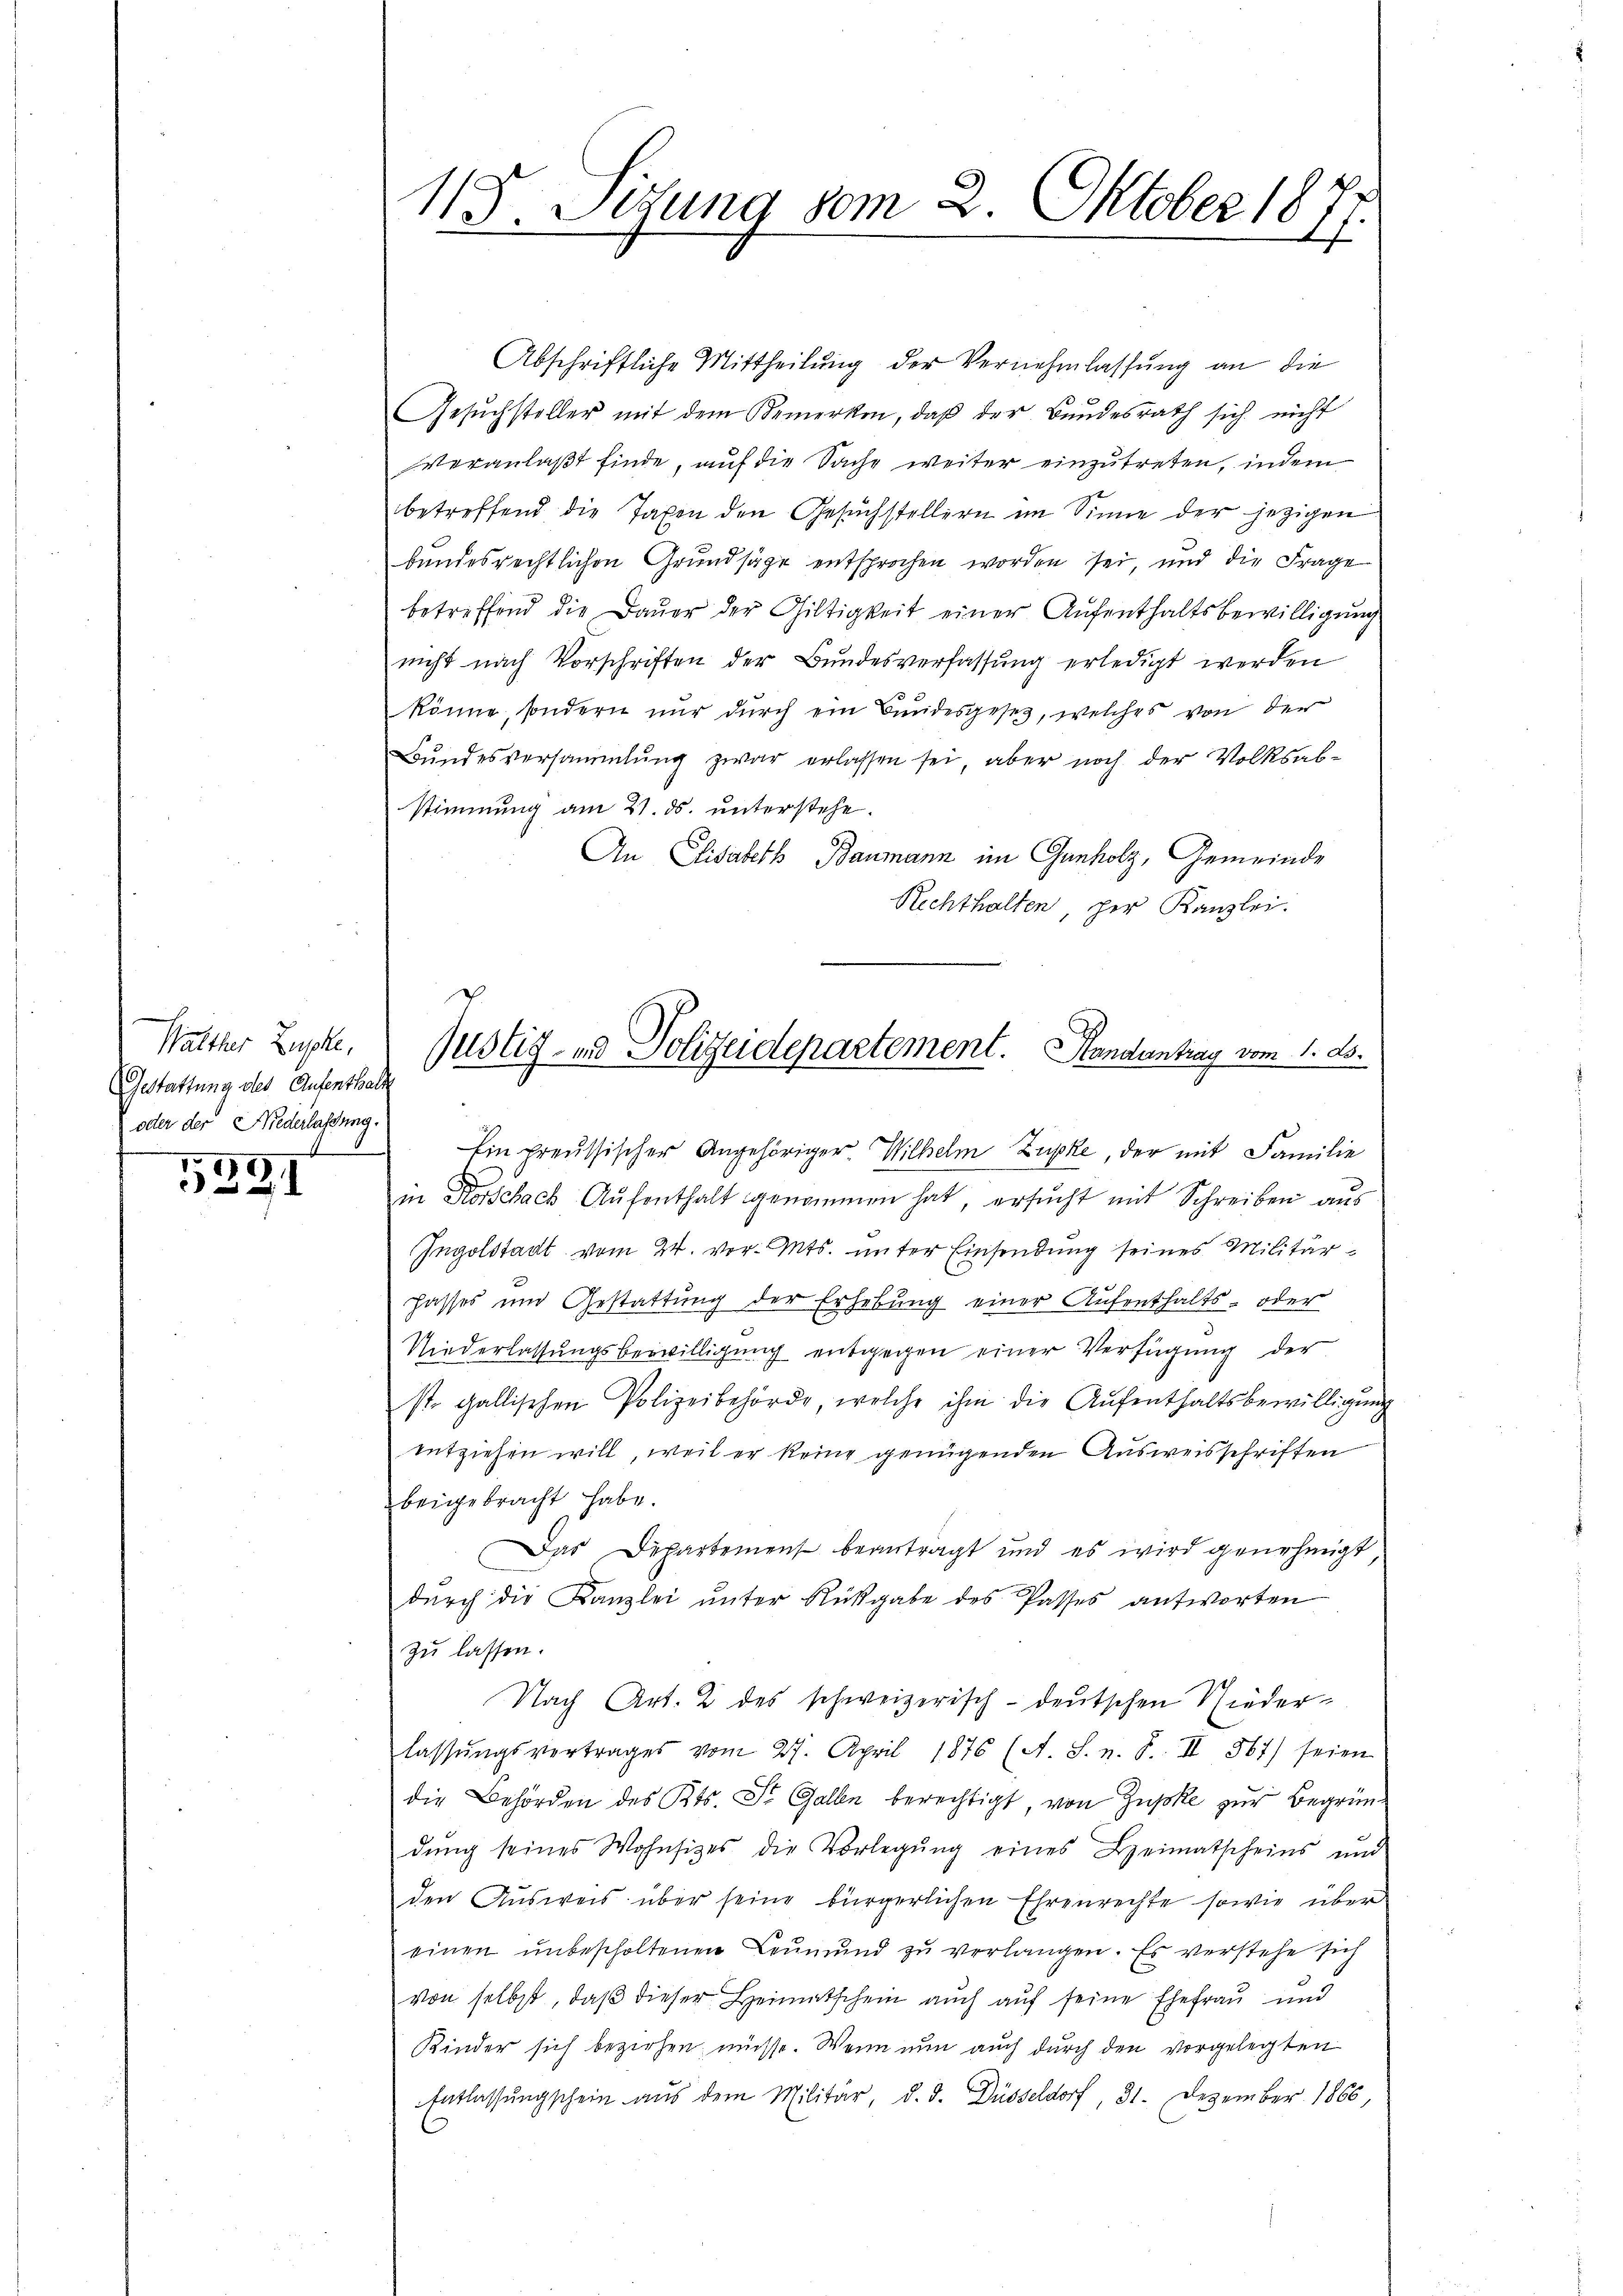
Walther Zusche,
Gestattung des Aufenthalt
oder der Niederlassung.

I
.
1

113. Sitzung vom 2. Oktober 187

Abschriftliche Mittheilung der Vernehmlassung an die
Gesuchsteller mit dem Bemerken, daß der Bundesrath sich nicht
Veranlaßt finde, auf die Sache weiter einzutreten, indem
betreffend die Taxen den Gesuchstellern im Sinne der jezigen
bundesrechtlichen Grundsäge entsprochen worden sei, und die Frage
betreffend die Daŭer der Giltigkeit einer Aufenthaltsbewilligung
nicht nach Vorschriften der Bundesverfassung erledigt werden
könne, sondern nur durch ein Bundesgeses, welches von der
Bundesversammlung zwar erlassen sei, aber noch der Volksab¬
Stimmung am 21. ds. unterstehe.
An Elisabeth Baumann im Ganholz, Gemeinde
Rechthalten, der Kanzlei.
Ein preussischer Angehöriger Wilhelm Zupke, der mit Familie
in Horschach Aŭfenthalt genommen hat, ersŭcht mit Schreiben aus
Ingolstadt vom 24. vor. Mts. unter Einsendung seines Militär¬
Jasses und Gestattung der Erhebung einer Aufenthalts- oder
Niederlassungsbewilligung entgegen einer Verfügung der
st. gallischen Polizeibehörde, welche ihm die Aufenthaltsbewilligung
entziehen will, weil er keine genügenden Ausweisschriften
beigebracht habe.
Das Departement beantragt und es wird genehmigt
durch die Kanzlei unter Rückgabe des Passes antworten
zu lassen.
Nach Art. 2 des schweizerisch-deutschen Niederlassŭngsvertrages vom 27. April 1876 (A. S. n. F. II 561) seien
die Behörden des Kts. St. Gallen berechtigt, von Zugske zur Begründŭng seines Wohnsizes die Vorlegŭng eines Heimatscheins und
den Ausweis über seine bürgerlichen Ehrenrechte sowie über
einen unbescholtenen Leŭmŭnd zu verlangen. Es verstehe sich
von selbst, daβ dieser Heimatschein auch auf seine Ehefrau und
Kinder sich beziehen, müsse. Wenn nun auch durch den vorgelegten
Entlassŭngschein aus dem Militär, d. d. Düsseldorf, 31. Dezember 1860,

Justiz- und Polizeidepartement. Handantrag vom 1. d.